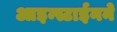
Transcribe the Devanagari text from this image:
आइन्स्टाईनने